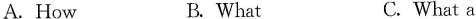
A. How B. What C. What a